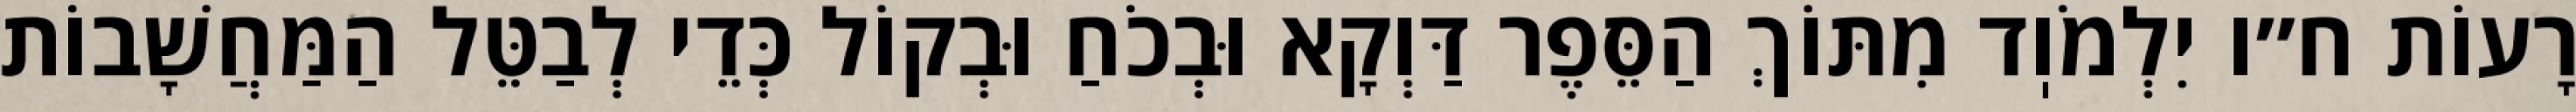
רָעוֹת ח״ו יִלְמֹוֽד מִתּוֹךְ הַסֵּפֶר דַּוְקָא וּבְכֹחַ וּבְקוֹל כְּדֵי לְבַטֵּל הַמַּחֲשָׁבוֹת